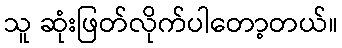
သူ ဆုံးဖြတ်လိုက်ပါတော့တယ်။